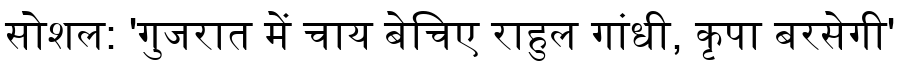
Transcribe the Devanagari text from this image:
सोशल: 'गुजरात में चाय बेचिए राहुल गांधी, कृपा बरसेगी'